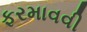
ફરમાવવી